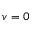
v = 0